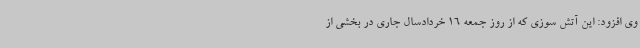
وی افزود: این آتش سوزی که از روز جمعه 16 خردادسال جاری در بخشی از